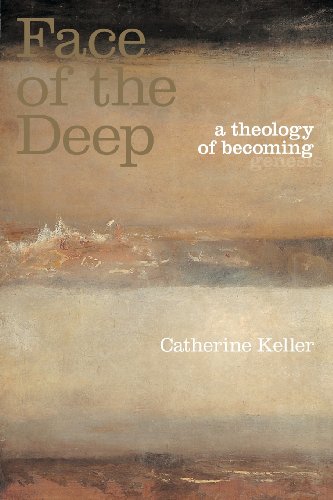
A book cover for The Face of the Deep: A Theology of Becoming; Catherine Keller; Christian Books & Bibles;